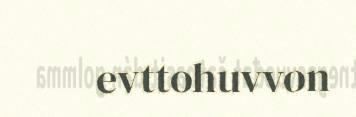
evttohuvvon